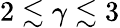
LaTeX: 2\lesssim\gamma\lesssim 3